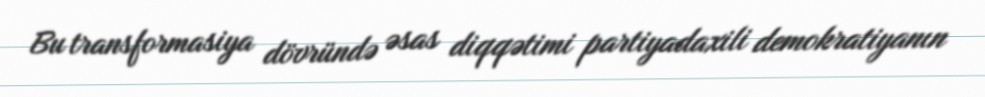
Bu transformasiya dövründə əsas diqqətimi partiyadaxili demokratiyanın